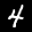
Label: 4